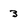
Character: 3